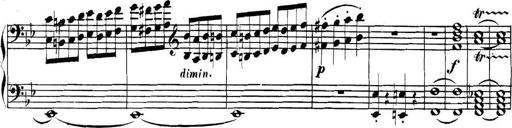
Title: Collected Piano Sonatas
Composer: Muzio Clementi